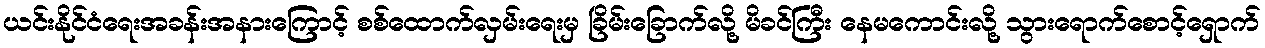
ယင်းနိုင်ငံရေးအခန်းအနားကြောင့် စစ်ထောက်လှမ်းရေးမှ ခြိမ်းခြောက်လို့ မိခင်ကြီး နေမကောင်းလို့ သွားရောက်စောင့်ရှောက်